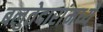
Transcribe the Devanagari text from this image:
बलुतेदारांमध्ये